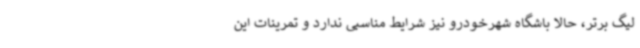
لیگ برتر، حالا باشگاه شهرخودرو نیز شرایط مناسبی ندارد و تمرینات این